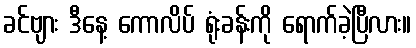
ခင်ဗျား ဒီနေ့ ကောလိပ် ရုံးခန်းကို ရောက်ခဲ့ပြီလား။